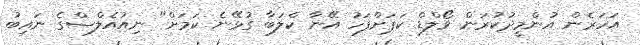
އަހަރެން އުންމީދުކުރަން ވޯލްޑް ކަޕަށްފަހު އޭނާ ކްލަބާ ގުޅޭނެ ކަމަށް" ނިއުއެލްސްގެ ނައިބު